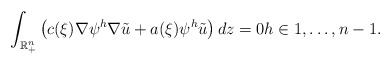
\begin{align*}\int_{\mathbb{R}_{+}^{n}}\left( c(\xi)\nabla\psi^{h}\nabla\tilde{u}+a(\xi)\psi^{h}\tilde{u}\right) dz=0h\in1,\dots,n-1.\end{align*}